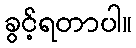
ခွင့်ရတာပါ။